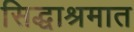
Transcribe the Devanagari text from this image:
सिद्धाश्रमात